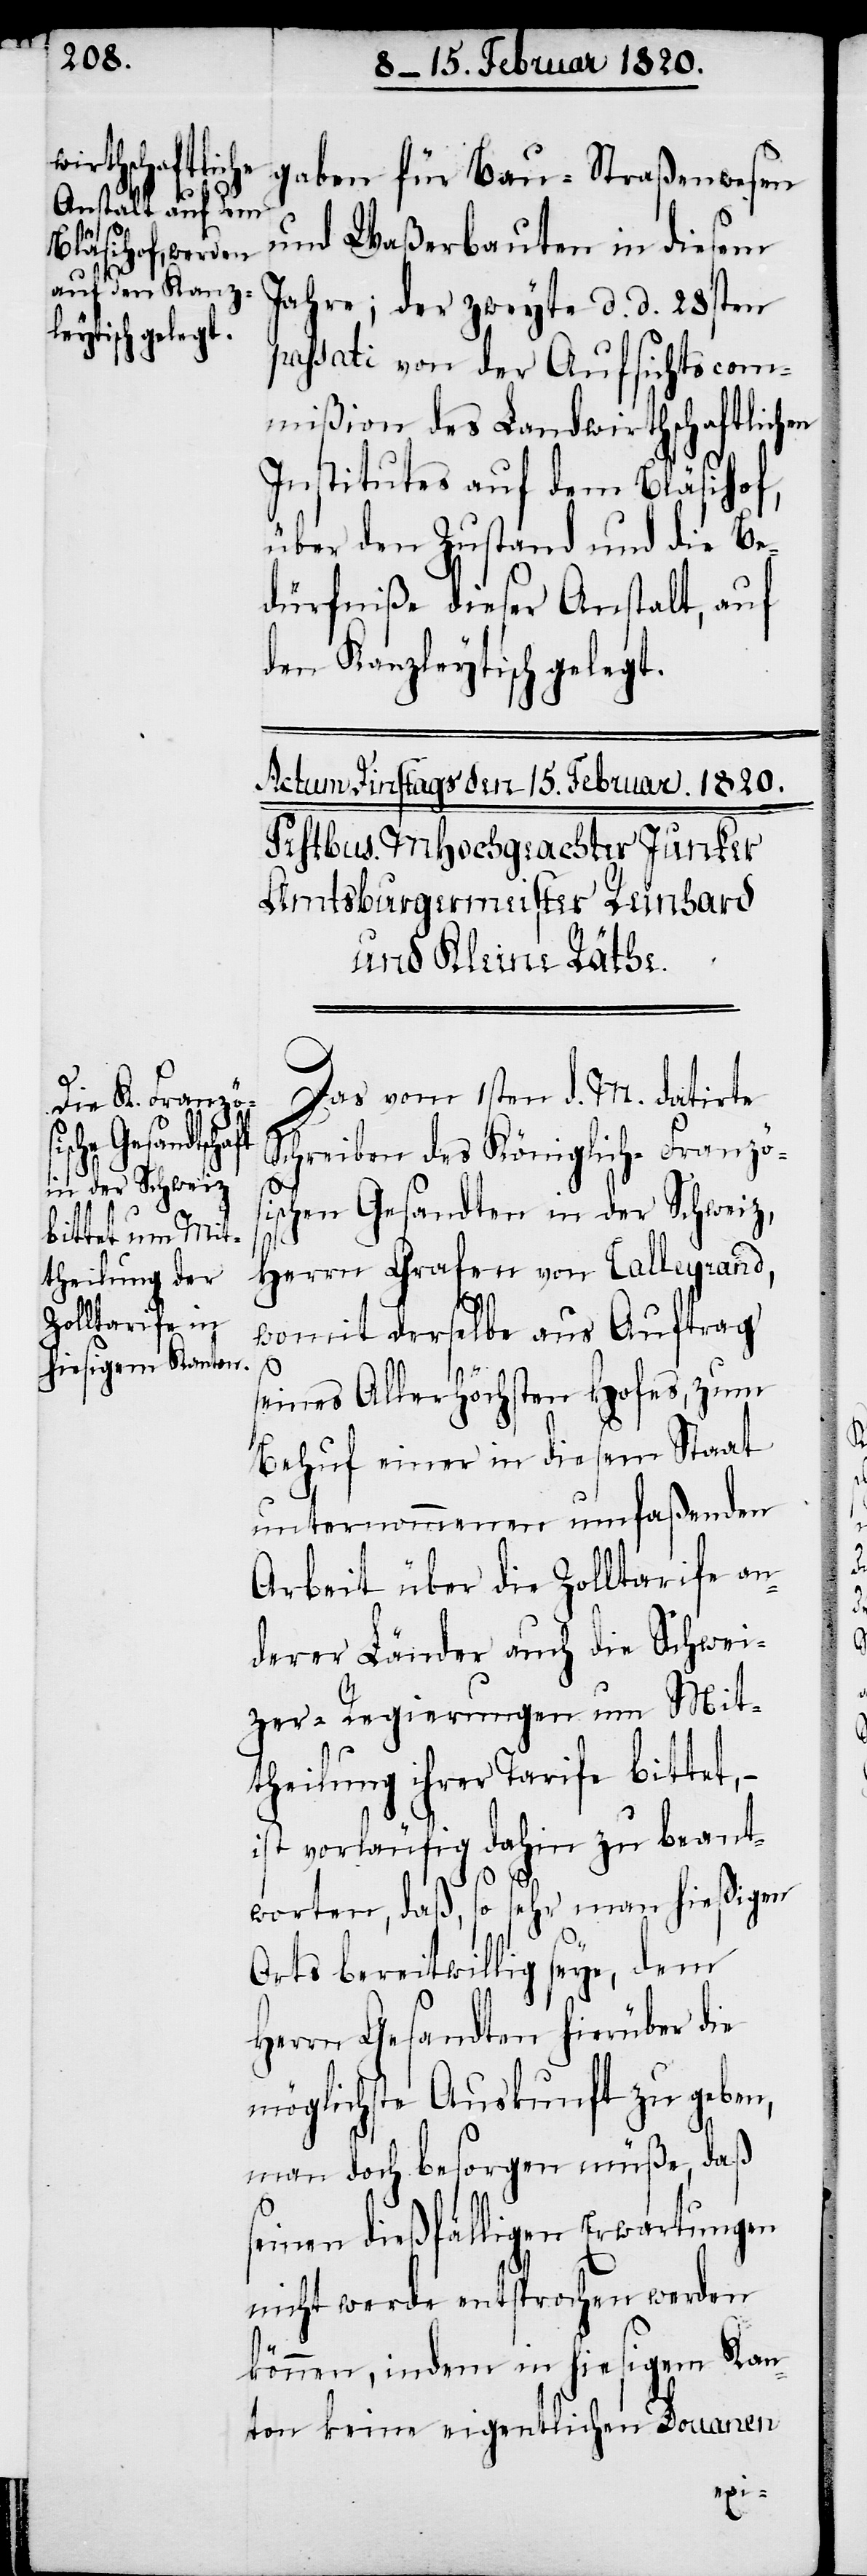
gaben für Bau-[,] Straßenwesen
und Waßerbauten in diesem
Jahre; der zweyte d. d. 28sten
passati von der Aufsichtscom¬
mißion des Landwirthschaftlichen
Institutes auf dem Bläsihof,
über den Zustand und die Be¬
dürfniße dieser Anstalt, auf
den Kanzleytisch gelegt.
Das vom 1sten d. M. datirte
Schreiben des Königlich-Französ¬
ischen Gesandten in der Schweiz,
Herrn Grafen von Talleyrand,
womit derselbe aus Auftrag
seines Allerhöchsten Hofes, zum
Behuf einer in diesem Staat
unternommenen umfaßenden
Arbeit über die Zolltarife an¬
derer Länder auch die Schwei¬
zer-Regierungen um Mit¬
theilung ihrer Tarife bittet,
ist vorläufig dahin zu beant¬
worten, daß, so sehr man hießigen
Orts bereitwillig seye, dem
Herrn Gesandten hierüber die
möglichste Auskunft zu geben,
man doch besorgen müße, daß
seinen dießfälligen Erwartungen
nicht werde entsprochen werden
können, indem in hiesigem Kan¬
ton keine eigentlichen Douanen